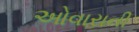
ઓવારાની